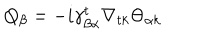
Q _ { \beta } = - i \gamma _ { \beta \alpha } ^ { t } \nabla _ { t k } \Theta _ { \alpha k }